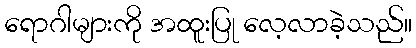
ရောဂါများကို အထူးပြု လေ့လာခဲ့သည်။